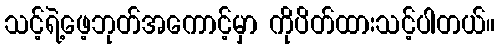
သင့်ရဲ့ဖေ့ဘုတ်အကောင့်မှာ ကိုပိတ်ထားသင့်ပါတယ်။